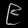
Digit: ၉